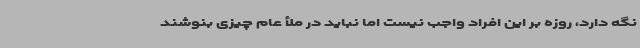
نگه دارد، روزه بر این افراد واجب نیست اما نباید در ملأ عام چیزی بنوشند